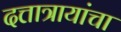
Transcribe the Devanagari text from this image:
दत्तात्रायांचा